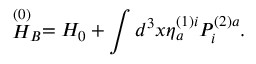
\stackrel { \left( 0 \right) } { H } _ { B } = H _ { 0 } + \int d ^ { 3 } x \eta _ { a } ^ { \left( 1 \right) i } { \cal P } _ { i } ^ { \left( 2 \right) a } .